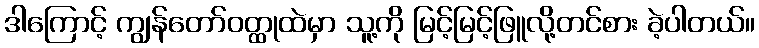
ဒါကြောင့် ကျွန်တော်ဝတ္ထုထဲမှာ သူ့ကို မြင့်မြင့်ဖြူလို့တင်စား ခဲ့ပါတယ်။